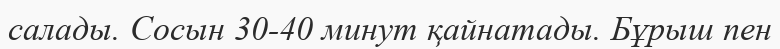
салады. Сосын 30-40 минут қайнатады. Бұрыш пен